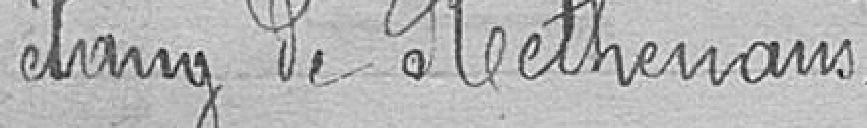
étang de Rethenans